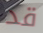
قد